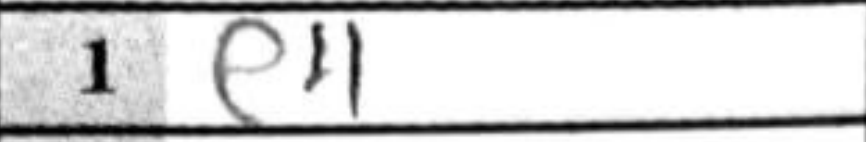
Transcription: e4